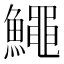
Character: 鱦